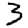
Digit: 3